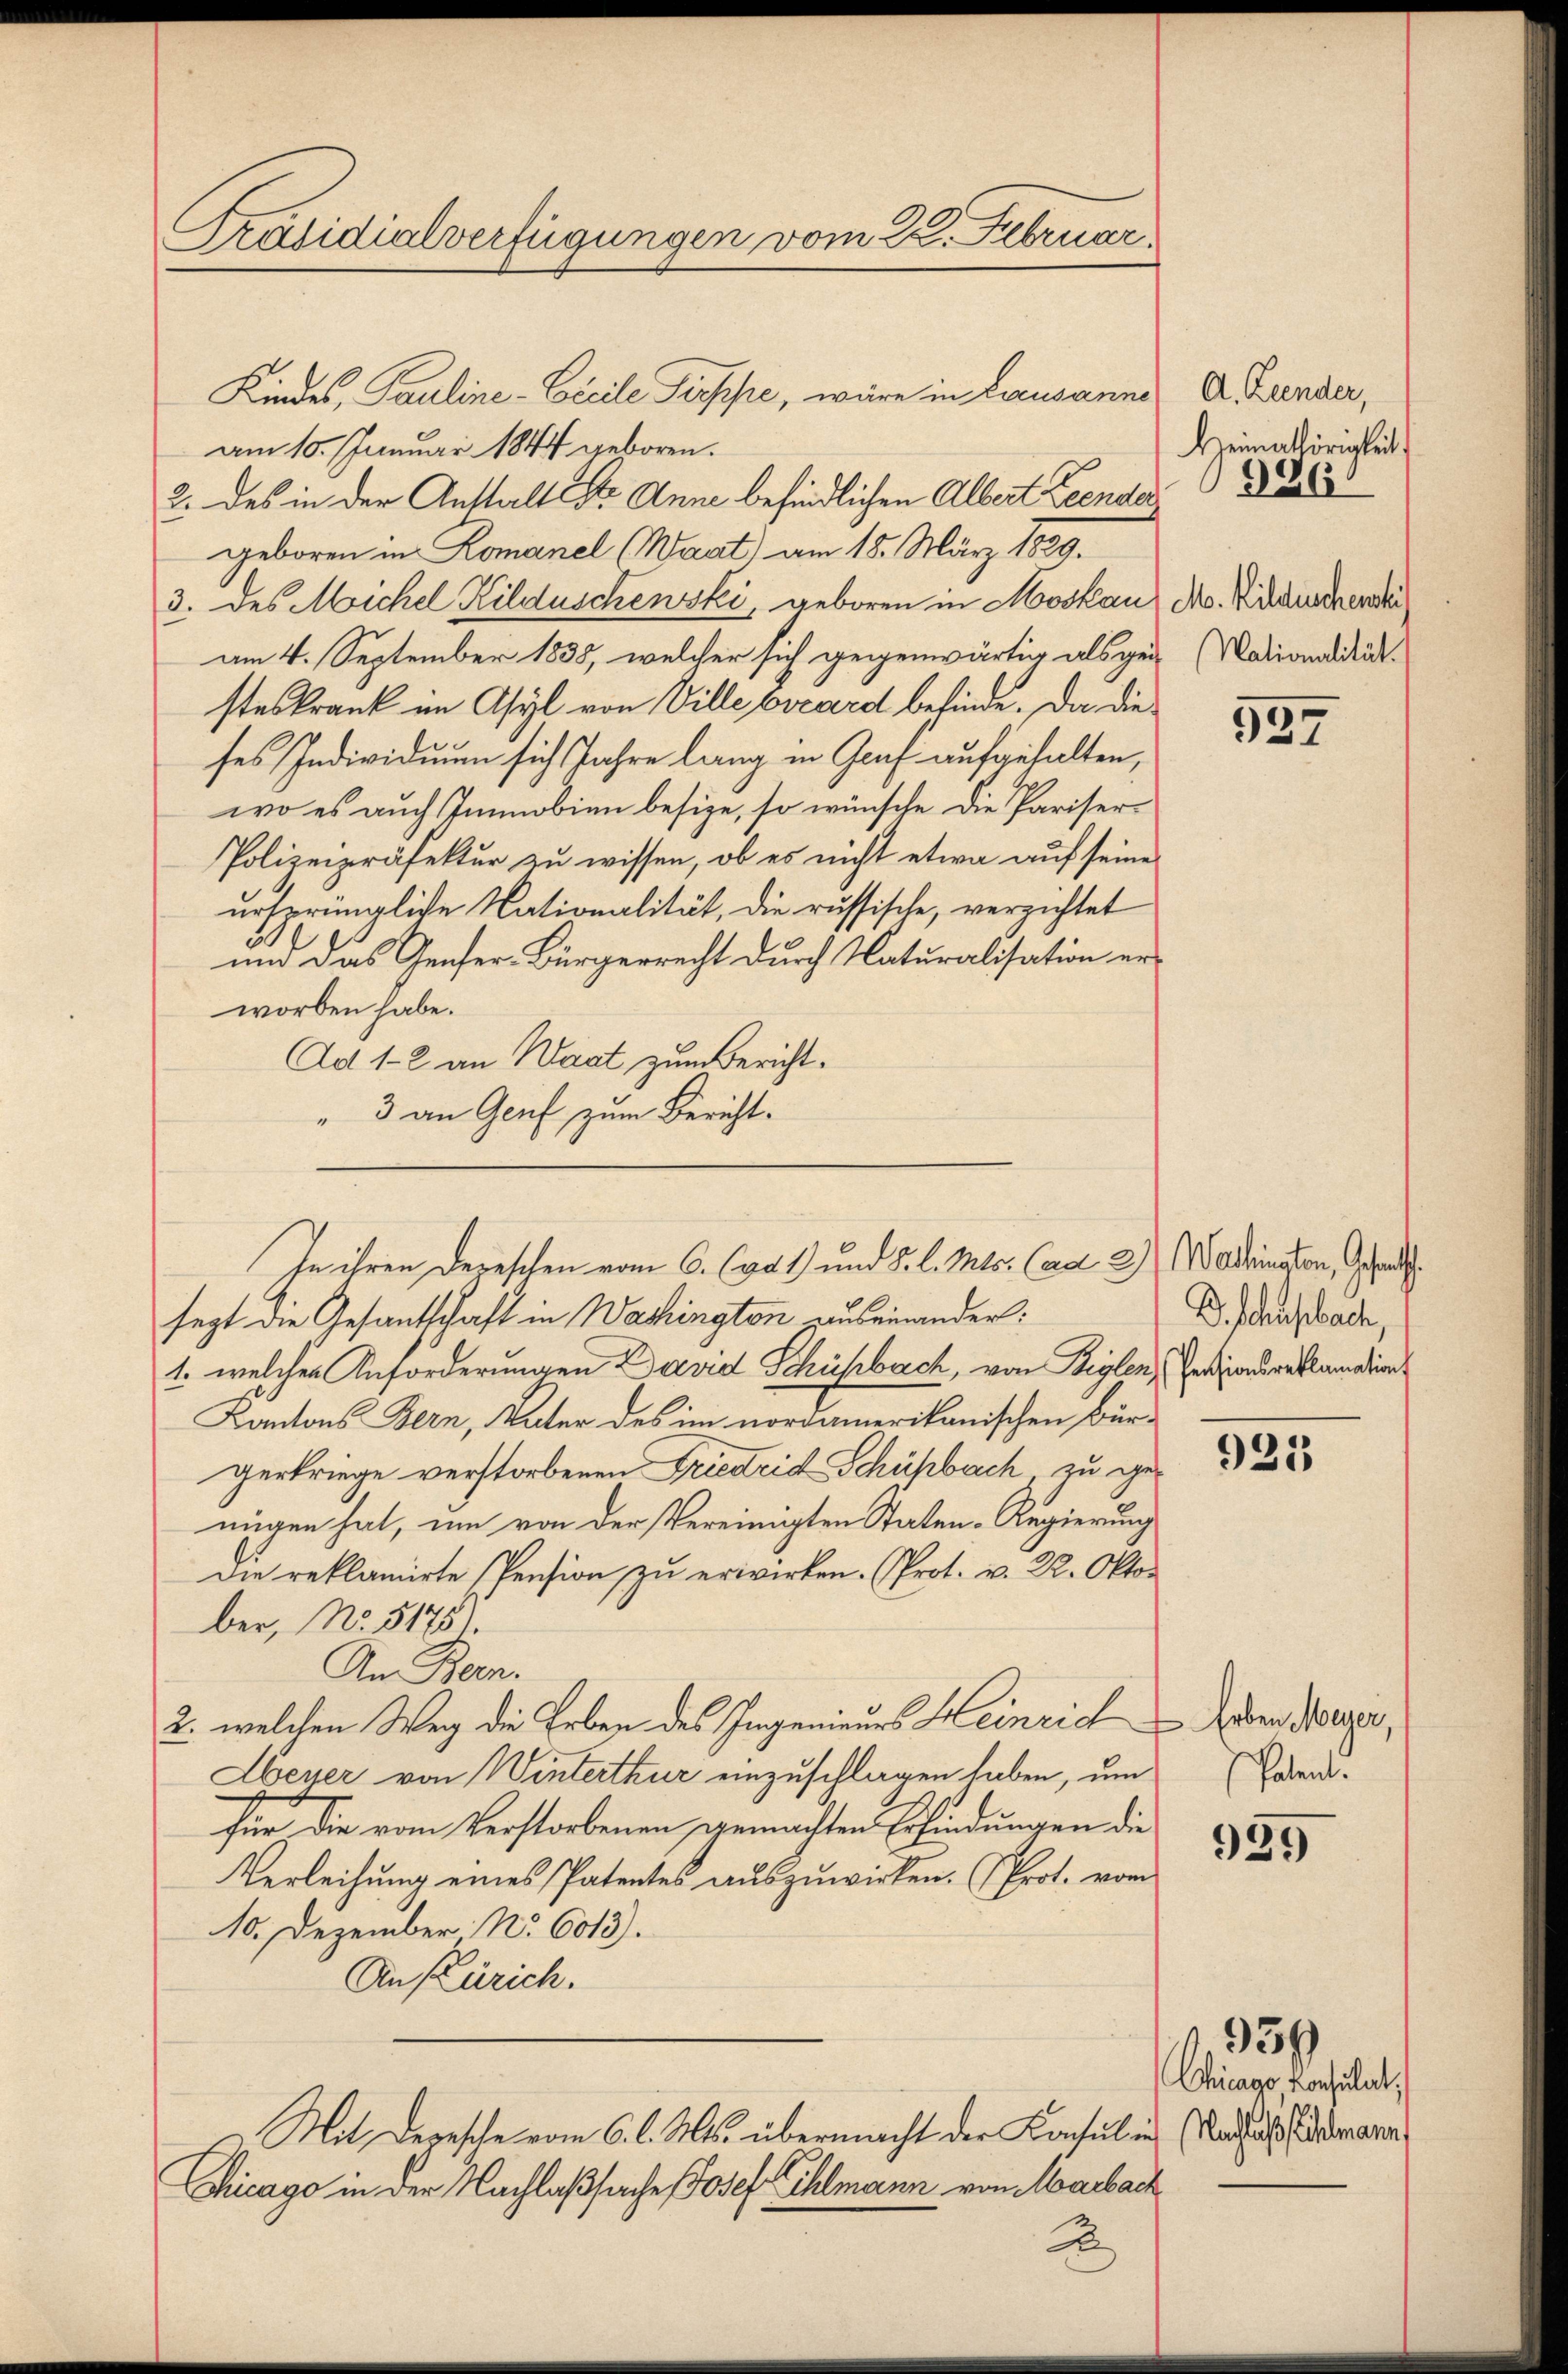
Präsidialverfügungen vom 22. Februar

am 10. Januar 1844 geboren.
2. des in der Anstalt Dr. Anne befindlichen Albert Zeendes
geboren in Komanel (Waat) am 18. März 1889.
3. des Michel Kilduschewski, geboren in Moskau
am 4. September 1835, welcher sich gegenwärtig als gen (Marianaddidisteskrank im Asyl von Ville pocard befinde. Da die
ses Individuum sich Jahre lang in Graf aufgehalten,
wo es auch Immobien besize, so wünsche die Pariser¬
Polizeipräfektur zu wissen, ob es nicht etwa auf seine
ursprüngliche Nationalität, die russische, verzichtet
und das Genfer-Bürgerrecht durch Naturalisation er-
worben habe.
Ad 1-2 an Waat zum Bericht.
" 3 an Genf zum Bericht.
sezt die Gesantschaft in Washington auseinandert:
1. welches Anforderungen David Schühbach, von Beylen, Persondereklamation
Kantons Bern, Vater des im nordamerikanischen Bür-
gerkriege verstorbenen Friedrich Schühbach zu genügen hat, um von der Vereinigten Staten-Regierung
Die reklamirte Pension zu erwirken. (Prot. v. 22. Oktober, No. 51751.
An Bern.
2. welchen Weg die Erben des Ingenieurs Heinrich
Ebener von Winterthur einzuschlagen haben, um
für die vom Verstorbenen gemachten Erfindungen die
Verleihung eines Patentes auszuwirken. Prot. vom
10. Dezember No 6013).
An Zürich.
Mit Depesche vom 6. l. Mts. übermacht der Konsul in Mandass demann
Chicago in der Nachlaßsache Josef Eihlmann von Marbach

Kindes, Pauline-Coccile Treppe, wäre in Lausanne

In ihren dereschen vom 6. (944) und 5. l. Mts. (ad 2) Washington, Gesandt

2

A. Lander,
Heimathörigkeit
326

M. Hildischenstei

537

B. Schusbach,

921

929

Erben Meyer,
Patent.

1959
Chicago Consulat,